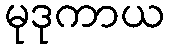
မုဒုကာယ